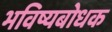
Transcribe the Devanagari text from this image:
भविष्यबोधक